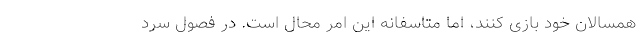
همسالان خود بازی کنند، اما متاسفانه این امر محال است. در فصول سرد